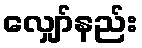
လျှော်နည်း